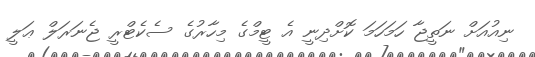
ނިއުއަށް ނަތީޖާ ހަމަހަމަ ކޮށްދިނީ އެ ޓީމްގެ މިހާރުގެ ސެކެޓްރީ ޖެނަރަލް ޢަލީ